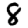
Digit: 8